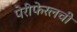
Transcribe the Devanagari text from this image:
पेरीफेरलची